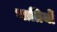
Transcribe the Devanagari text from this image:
भातियों